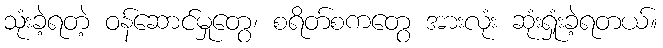
သုံးခဲ့ရတဲ့ ဝန်ဆောင်မှုတွေ၊ စရိတ်စကတွေ အားလုံး ဆုံးရှုံးခဲ့ရတယ်။